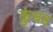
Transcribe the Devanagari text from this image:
कुंजड